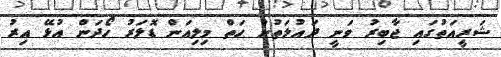
ޝަރީއަތުގައި ޖާބިރު ވަނީ ދައުލަތުން ހަތް މިލިއަން ޑޮލަރު ހޯދަން އުޅޭ އިރު